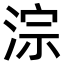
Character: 淙